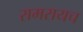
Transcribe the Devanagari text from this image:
रामरायच